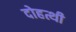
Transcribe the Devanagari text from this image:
दोहत्थी